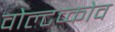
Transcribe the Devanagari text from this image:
वोल्टच्कोव